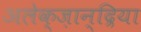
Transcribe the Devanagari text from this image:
अलेक्ज़ान्द्रिया